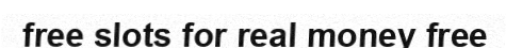
free slots for real money free